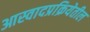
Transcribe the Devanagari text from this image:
आस्वादप्रक्रियेतील